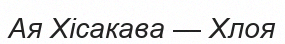
Ая Хісакава — Хлоя